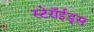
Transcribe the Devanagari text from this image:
स्टेरॉईड्स